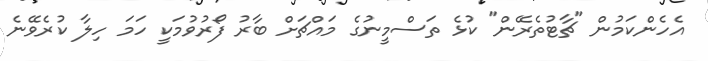
އެހެންކަމުން "ޗާޓުތެރޭން" ކުޅެ ތަސްމީނުގެ މައްޗަށް ބާރު ފޯރުވުމަކީ ހަމަ ހިލާ ކުރެވޭނެ